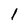
Character: l